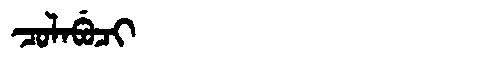
Manchu: ᠴᠣᠯᠠᠪᡠᠴᡳ
Romanization: COLABUCI